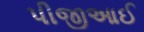
પીજીઆઈ